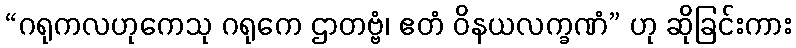
“ဂရုကလဟုကေသု ဂရုကေ ဌာတဗ္ဗံ၊ ဧတံ ဝိနယလက္ခဏံ” ဟု ဆိုခြင်းကား